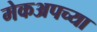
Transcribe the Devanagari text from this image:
मेकअपच्या